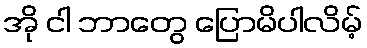
အို ငါ ဘာတွေ ပြောမိပါလိမ့်